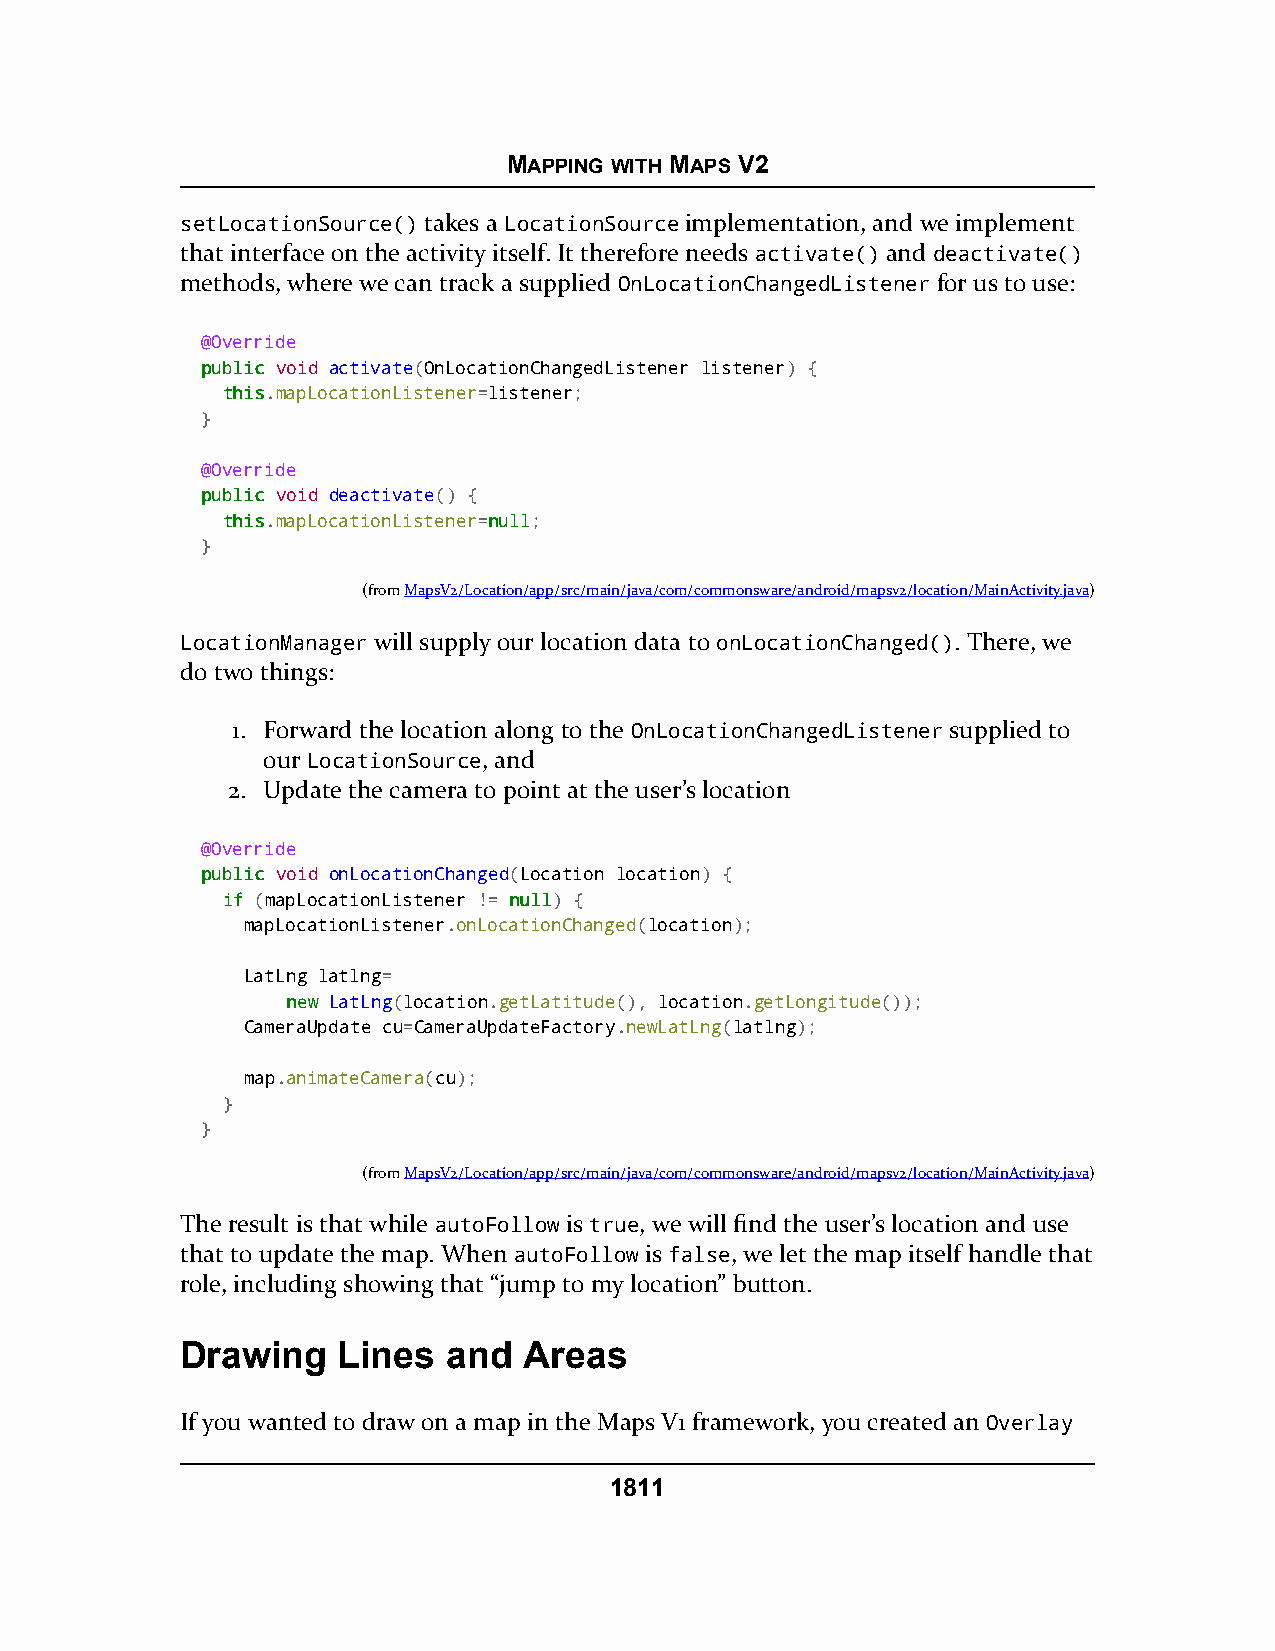
MAPPING WITH MAPS V2
 setLocationSource() takes a LocationSource implementation, and we implement
 that interface on the activity itself. It therefore needs activate() and deactivate()
 methods, where we can track a supplied OnLocationChangedListener for us to use:
 @Override
 ppuubblliicc void activate(OnLocationChangedListener listener) {
 tthhiiss.mapLocationListener=listener;
 }
 @Override
 ppuubblliicc void deactivate() {
 tthhiiss.mapLocationListener=nnuullll;
 }
 (fromMapsV2/Location/app/src/main/java/com/commonsware/android/mapsv2/location/MainActivity.java)
 LocationManager will supply our location data to onLocationChanged(). There, we
 do two things:
 1. Forward the location along to the OnLocationChangedListener supplied to
 our LocationSource, and
 2. Update the camera to point at the user’s location
 @Override
 ppuubblliicc void onLocationChanged(Location location) {
 iiff (mapLocationListener != nnuullll) {
 mapLocationListener.onLocationChanged(location);
 LatLng latlng=
 nneeww LatLng(location.getLatitude(), location.getLongitude());
 CameraUpdate cu=CameraUpdateFactory.newLatLng(latlng);
 map.animateCamera(cu);
 }
 }
 (fromMapsV2/Location/app/src/main/java/com/commonsware/android/mapsv2/location/MainActivity.java)
 The result is that while autoFollow is true, we will find the user’s location and use
 that to update the map. When autoFollow is false, we let the map itself handle that
 role, including showing that “jump to my location” button.
 Drawing   Lines   and  Areas
 If you wanted to draw on a map in the Maps V1 framework, you created an Overlay
 1811